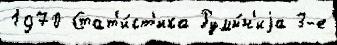
1970 Стат'и́ст'ика Румы́н'иjа 3-е